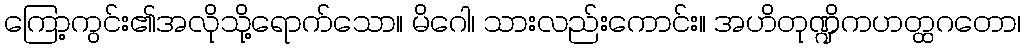
ကြော့ကွင်း၏အလိုသို့ရောက်သော။ မိဂေါ၊ သားလည်းကောင်း။ အဟိတုဏ္ဍိကဟတ္ထဂတော၊